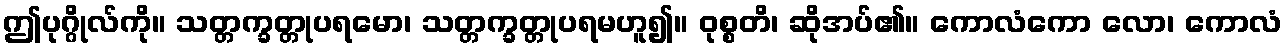
ဤပုဂ္ဂိုလ်ကို။ သတ္တက္ခတ္တုပရမော၊ သတ္တက္ခတ္တုပရမဟူ၍။ ဝုစ္စတိ၊ ဆိုအပ်၏။ ကောလံကော လော၊ ကောလံ